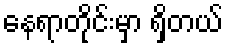
နေရာတိုင်းမှာ ရှိတယ်